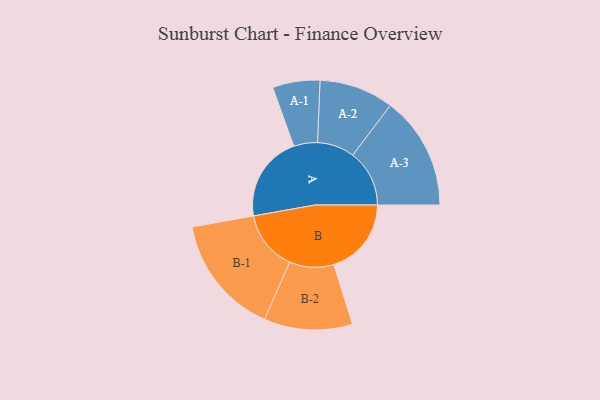
{"axis": {"x": "Segment", "y": "Value"}, "legend": ["", "A", "B"], "data": [{"x": "A", "y": 381, "type": ""}, {"x": "B", "y": 344, "type": ""}, {"x": "A-1", "y": 105, "type": "A"}, {"x": "A-2", "y": 165, "type": "A"}, {"x": "A-3", "y": 251, "type": "A"}, {"x": "B-1", "y": 266, "type": "B"}, {"x": "B-2", "y": 196, "type": "B"}]}